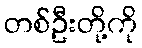
တစ်ဦးတို့ကို